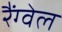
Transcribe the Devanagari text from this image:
रैंग्वेल